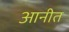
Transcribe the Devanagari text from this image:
आनीत